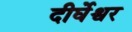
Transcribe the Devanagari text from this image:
दीर्घेश्वर